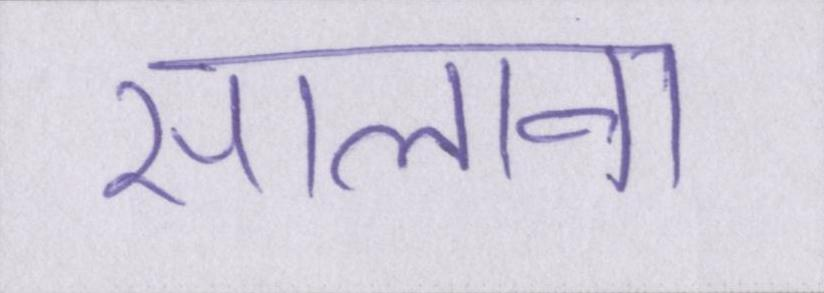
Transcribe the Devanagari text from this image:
सालाना